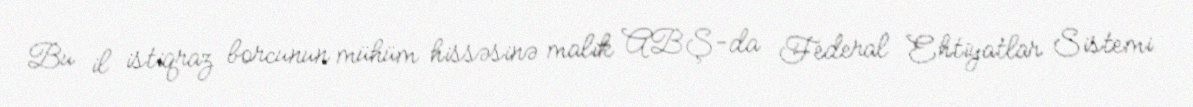
Bu il istiqraz borcunun mühüm hissəsinə malik ABŞ-da Federal Ehtiyatlar Sistemi